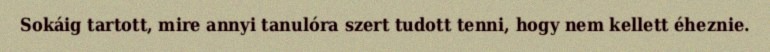
Sokáig tartott, mire annyi tanulóra szert tudott tenni, hogy nem kellett éheznie.